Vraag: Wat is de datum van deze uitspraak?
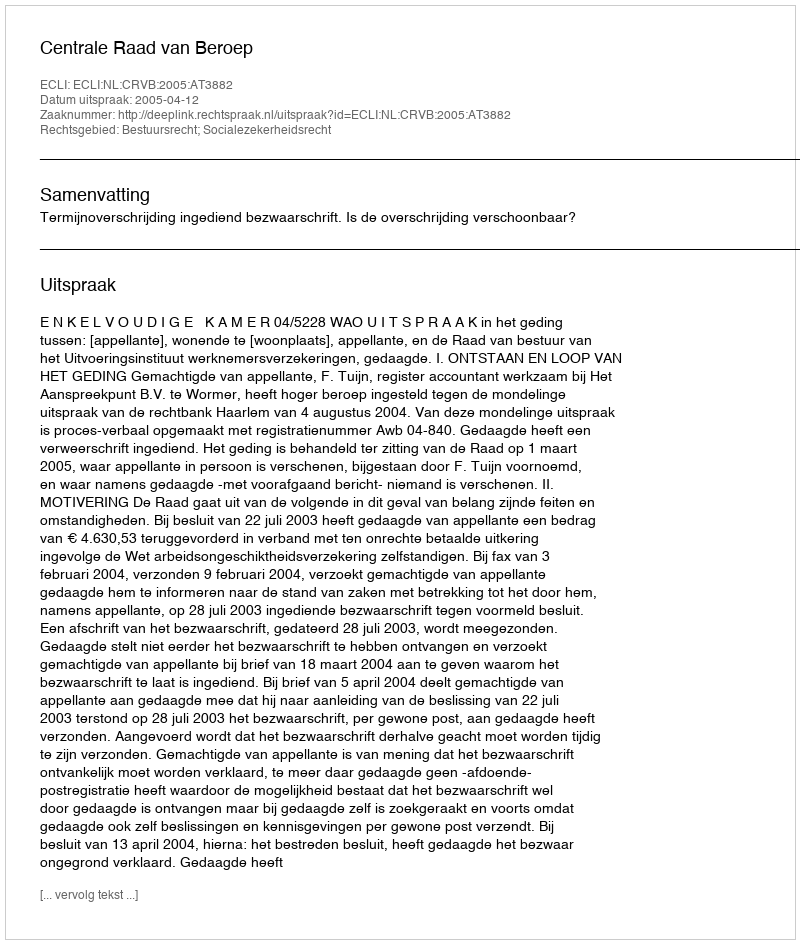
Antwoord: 2005-04-12